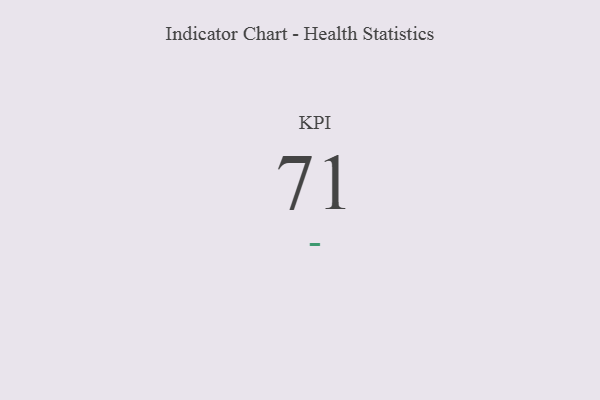
{"axis": {"x": "KPI", "y": "Value"}, "legend": [""], "data": [{"x": "KPI", "y": 71, "type": ""}]}